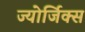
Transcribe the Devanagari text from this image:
ज्योर्जिक्स